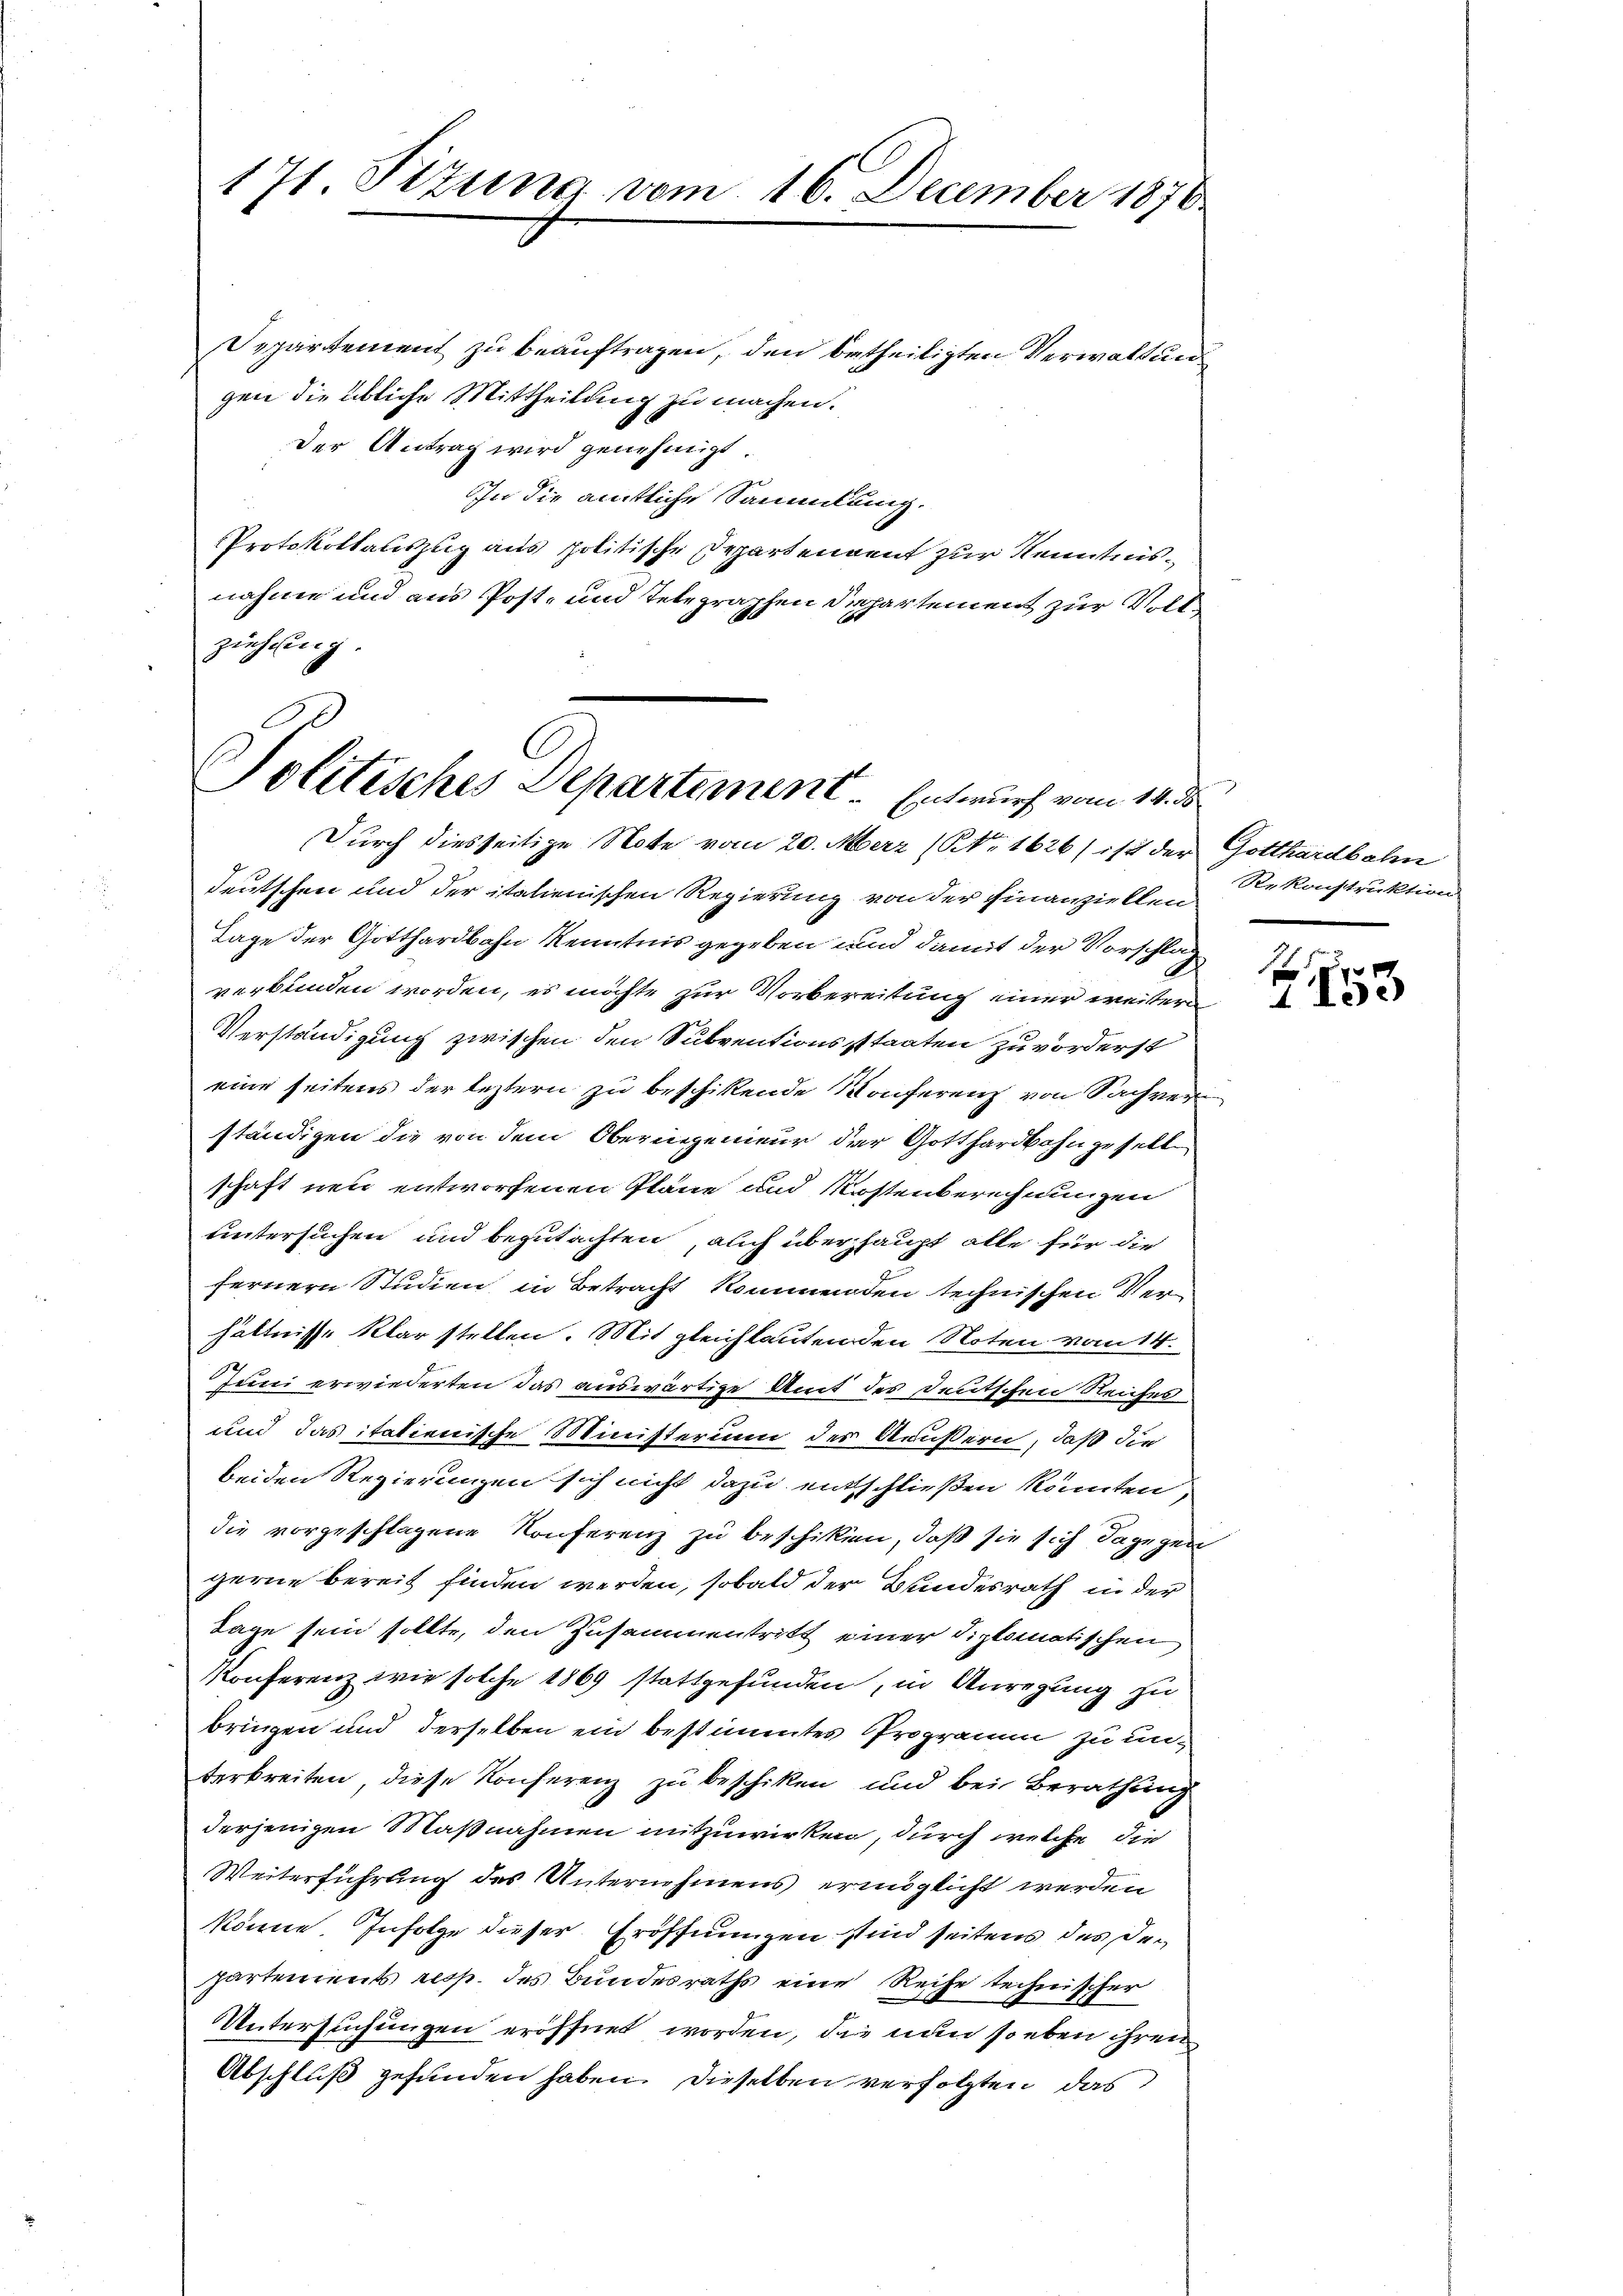
171. Sizung vom 16. December 1876.

Departement zu beauftragen, den betheiligten Verwaltung
gen die übliche Mittheilung zu machen.
Der Antrag wird genehmigt.
In die amtliche Sammlung.
Protokollauszug aus politische Departendent zur Kenntnisnahme und aus Post- und Telegraphen Departement zur Vollziehung.
Durch diesseitige Note vom 20. Merz (No 1626) ist der Gotthardbahn
deutschen und der italienischen Regierung von der Finanziellen
Tage der Gotthardbahn Kenntnis gegeben und damit der Vorschlag
verbunden worden, es möchte zur Vorbereitung einer weitern
Verständigung zwischen den Subventionssstaaten zuvorderst
eine seitens der leztern zu beschikende Konferenz von Sachverständigen die von dem Oberingenieur der Gotthardbahngesell
schaft neu entworfenen Pläne und Kostenberechnungen
untersuchen und begutachten, auch überhaupt alle für die
fernern Studien in Betracht kommenden technischen Verhältnisse klarstellen. Mit gleichlauten den Noten vom 14.
Juni erwiederten das auswärtige Amt des deutschen Reiches
und das italienische Ministerium des Äußern, daß die
beiden Regierungen sich nicht dazu entschließen könnten,
die vorgeschlagene Konferenz zu beschiken, daß sie sich dagegen
gerne bereit finden werden, sobald der Bundesrath in der
Tage sein sollte, den Zusammentritt einer diplomatischen
Konferenz wie solche 1869 stattgefunden, in Anregung zu
bringen und derselben ein bestimmtes Programm zu un-
terbreiten, diese Konferenz zu beschiken und bei Berathung
derjenigen Maßnahmen mitzuwirken, durch welche die
Weiterführung des Unternehmens ermöglicht werden
könne Infolge dieser Eröffnungen sind seitens des Departements resp. des Bundesraths eine Reihe technischer
Untersuchungen eröffnet worden, die nun so eben ihren
Abschluß gefunden haben. Dieselben verfolgten, das

Politisches Departement. Entwurf vom 14. d.

Rekonstruktion

f
4 Mee